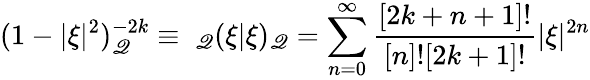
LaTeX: (1-|\xi|^{2})_{\mathscr{Q}}^{-2k}\equiv\ _{\mathscr{Q}}(\xi|\xi)_{\mathscr{Q}}=\sum_{n=0}^{\infty}\frac{{[2k+n+1]!}}{{[n]![2k+1]!}}|\xi|^{2n}